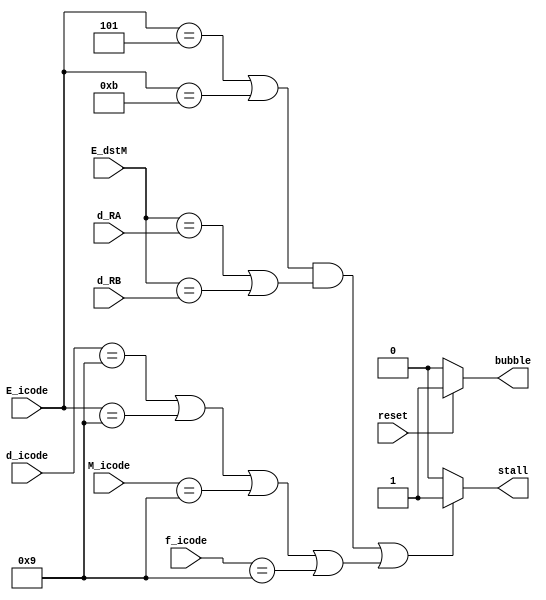

//--------------> Fetch
module fetch(stall,bubble,f_icode,E_icode,E_dstM,d_icode,M_icode,d_RA,d_RB,reset);

input reset;
input [3:0] f_icode,E_icode,E_dstM,d_icode,M_icode,d_RA,d_RB;
output stall,bubble;

assign bubble = (reset ==1) ? 1 : 0;
assign stall  = (((E_icode==4'd5|E_icode==4'd11)&(E_dstM==d_RA|E_dstM==d_RB)) | (d_icode==4'd9|E_icode==4'd9|M_icode==4'd9|f_icode==4'd9)) ? 1 : 0;

endmodule


//----------------> decode
module decode(stall,bubble,M_icode,E_icode,d_icode,d_RA,d_RB,E_dstM,e_cnd,reset);

input reset;
input e_cnd;
output stall,bubble;
input [3:0] M_icode , E_icode , d_icode , E_dstM , d_RA , d_RB;

assign bubble = ((((E_icode==4'd7)&(e_cnd))|((E_icode==4'd5|E_icode==4'd11)&((E_dstM==d_RA)|(E_dstM==d_RB))
					&(d_icode==4'd9|E_icode==4'd9|M_icode==4'd9)))|reset) ? 1 : 0;

assign stall = (((E_icode==4'd5|E_icode==4'd11)&((E_dstM==d_RA)|(E_dstM==d_RB)))|(d_icode==4'd0)) ? 1 : 0;

endmodule

//------------------> execute
module execute(stall,bubble,icode,cnd,d_RA,d_RB,dstM,reset);

input cnd, reset;
input [3:0] dstM,icode, d_RA,d_RB;
output stall,bubble;

assign stall = 0;
assign bubble = ((((icode==4'd7)&(cnd==0))|((icode==4'd5|icode==4'd11) & (dstM==d_RA|dstM==d_RB)))|(reset)) ? 1 : 0;

endmodule


//-------------> memory
module memory_final(stall,bubble,status,W_status,reset);

input reset;
input [2:0] status;
input [2:0] W_status;
output bubble , stall;

assign stall = 0;
assign bubble = ((((status==3'd2|status==3'd3|status==3'd4))|(W_status==3'd2|W_status==3'd3|W_status==3'd4)|reset)) ? 1 : 0;


endmodule

//----------> write back
module write_Back(bubble,stall,status,reset);

input reset;
input [2:0] status;
output bubble, stall;

assign bubble = reset ? 1 : 0;
assign stall = ((status==3'd2|status==3'd3|status==3'd4)) ? 1 :0;

endmodule